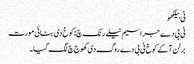
ٹی بیلکھو
ٹی بی دے جراسیم نیلے رنک چ: کوخ دی بنائی مورت
برلن آکے کوخ ٹی بی دے روگ دی کھوج چ لگ گیا۔